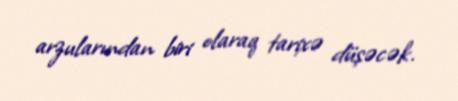
arzularından biri olaraq tarixə düşəcək.